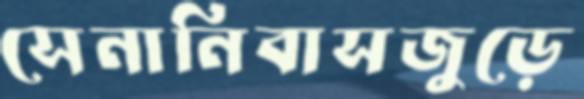
সেনানিবাসজুড়ে